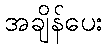
အချိန်ပေး